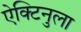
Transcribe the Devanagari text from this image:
ऐक्टिनुला